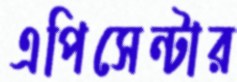
এপিসেন্টার